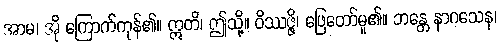
အာမ၊ အို ကြောက်ကုန်၏။ ဣတိ၊ ဤသို့။ ဝိဿဇ္ဇိ၊ ဖြေတော်မူ၏။ ဘန္တေ နာဂသေန၊